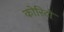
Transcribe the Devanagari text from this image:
कोरिटो